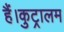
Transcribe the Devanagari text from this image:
हैं।कुट्रालम